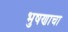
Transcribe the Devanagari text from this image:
भुषणाचा